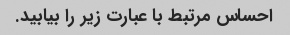
احساس مرتبط با عبارت زیر را بیابید.